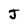
Character: J